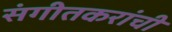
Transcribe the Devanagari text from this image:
संगीतकरांची